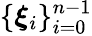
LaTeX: \{ \boldsymbol{\xi}_{i}\} _{i=0}^{n-1}